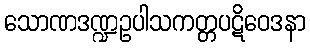
သောဏဒဏ္ဍဥပါသကတ္တပဋိဝေဒနာ